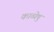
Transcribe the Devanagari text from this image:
काव्येषु